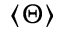
\left< \Theta \right>